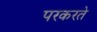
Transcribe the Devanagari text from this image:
परकरते